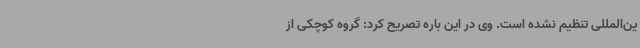
ین‌المللی تنظیم نشده است. وی در این باره تصریح کرد: گروه کوچکی از